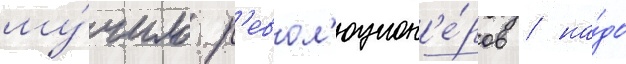
му́чило р'евол'юцион'е́ров / на́до